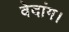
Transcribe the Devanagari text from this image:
वेदांग।